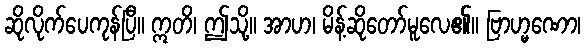
ဆိုလိုက်ပေကုန်ပြီ။ ဣတိ၊ ဤသို့။ အာဟ၊ မိန့်ဆိုတော်မူလေ၏။ ဗြာဟ္မဏော၊